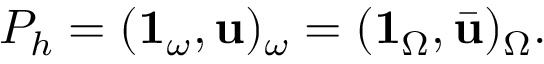
P _ { h } = ( \mathbf { 1 } _ { \omega } , \mathbf { u } ) _ { \omega } = ( \mathbf { 1 } _ { \Omega } , \bar { \mathbf { u } } ) _ { \Omega } .